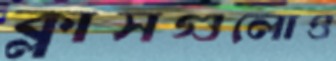
ক্লাসগুলোও